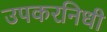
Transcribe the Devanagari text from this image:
उपकरनिधी